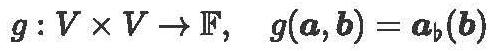
$g: V\times V\to \mathbb{F},\ g(\boldsymbol{a},\boldsymbol{b}) = \boldsymbol{a}_\boldsymbol{b}(\boldsymbol{b})$